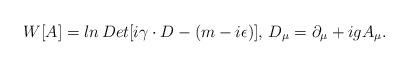
LaTeX: \begin{align*}W[A]=ln\, Det[i\gamma\cdot D-(m-i\epsilon)],\,D_\mu=\partial_\mu +igA_\mu.\end{align*}